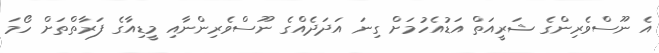
އެ ނޫސްވެރިންގެ ޝަރީއަތް އަޑުއެހުމަށް ގިނަ އަދަދެއްގެ ނޫސްވެރިންނާއި މީޑިއާގެ ފަރާތްތަށް ހޯމަ